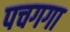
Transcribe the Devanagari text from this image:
पचगगा